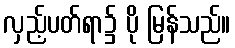
လှည့်ပတ်ရာ၌ ပို မြန်သည်။